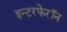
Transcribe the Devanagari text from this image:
इन्टरफेरॉन